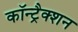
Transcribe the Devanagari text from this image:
कॉन्ट्रैक्शन